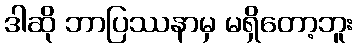
ဒါဆို ဘာပြဿနာမှ မရှိတော့ဘူး